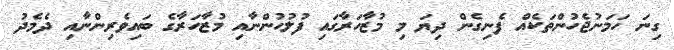
ގިނަ ހަމަނުޖެހުންތަކެއް ފެނިގެން ދިޔަ މި މުޒާހަރާގައި ފުލުހުންނާއި މުޒާހަރާގެ ބައިވެރިންނާއި ދެމެދު